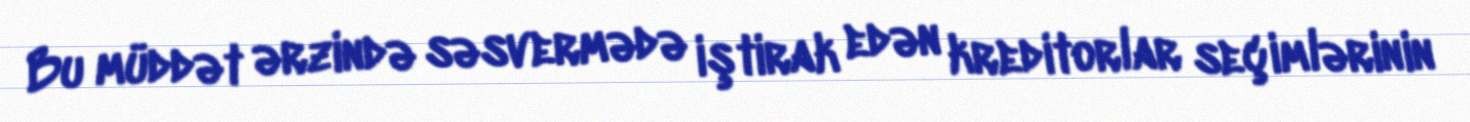
Bu müddət ərzində səsvermədə iştirak edən kreditorlar seçimlərinin